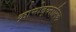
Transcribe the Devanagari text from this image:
क्रोमोद्य्नामिक